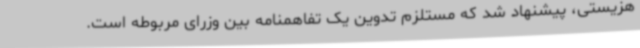
هزیستی، پیشنهاد شد که مستلزم تدوین یک تفاهمنامه بین وزرای مربوطه است.